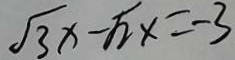
\sqrt { 3 } x - \sqrt { 2 } x = - 3